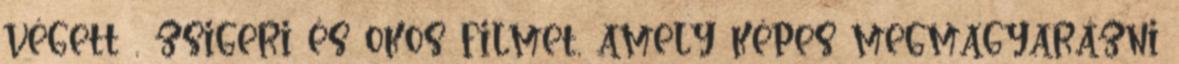
végett , zsigeri és okos filmet, amely képes megmagyarázni